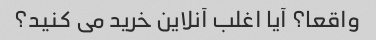
واقعا؟ آیا اغلب آنلاین خرید می کنید؟